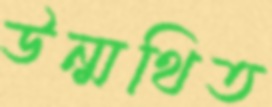
উন্মথিত